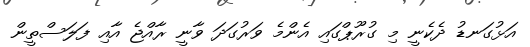
އަޅުގަނޑު ދެކެނީ މި ގުރޫޕްގައި އެންމެ ވަރުގަދަ ވާނީ ރާއްޖެ އާއި ފަލަސްތީން